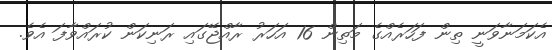
އެކަމަނާވަނީ ތިން ފަހަރެއްގެ މަތިން 16 އަހަރު ރާއްޖޭގައި ރަނިކަން ކުރައްވާފަ އެވެ.